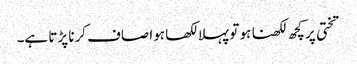
تختی پر کچھ لکھنا ہو تو پہلا لکھا ہوا صاف کرنا پڑتا ہے۔